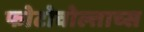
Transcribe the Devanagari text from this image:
फोटोवोल्ताच्स